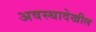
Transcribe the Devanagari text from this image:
अवस्थादेखील